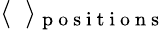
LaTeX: \langle\, \, \, \rangle_{\mathrm{~p~o~s~i~t~i~o~n~s~}}